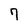
Character: 7